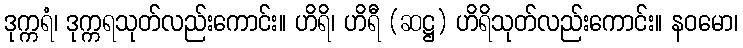
ဒုက္ကရံ၊ ဒုက္ကရသုတ်လည်းကောင်း။ ဟိရိ၊ ဟိရီ (ဆဋ္ဌ) ဟိရိသုတ်လည်းကောင်း။ နဝမော၊